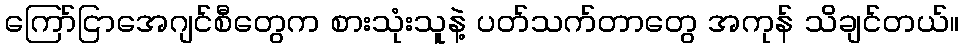
ကြော်ငြာအေဂျင်စီတွေက စားသုံးသူနဲ့ ပတ်သက်တာတွေ အကုန် သိချင်တယ်။